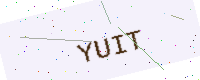
Text: YUIT